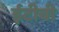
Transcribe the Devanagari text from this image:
ईटीबी